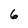
Character: 6